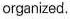
organized.